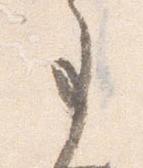
事